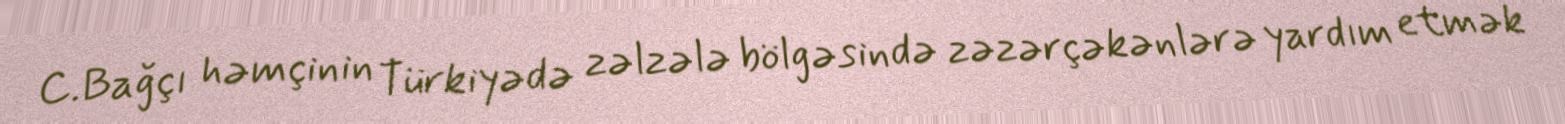
C.Bağçı həmçinin Türkiyədə zəlzələ bölgəsində zəzərçəkənlərə yardım etmək